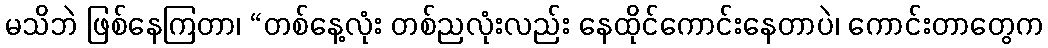
မသိဘဲ ဖြစ်နေကြတာ၊ “တစ်နေ့လုံး တစ်ညလုံးလည်း နေထိုင်ကောင်းနေတာပဲ၊ ကောင်းတာတွေက